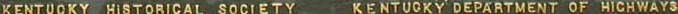
KENTUCKY HISTORICAL SOCIETY KENTUCKY DEPARTMENT OF HIGHWAYS